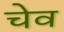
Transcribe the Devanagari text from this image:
चेव